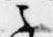
之